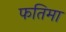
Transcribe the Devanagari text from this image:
फतिमा